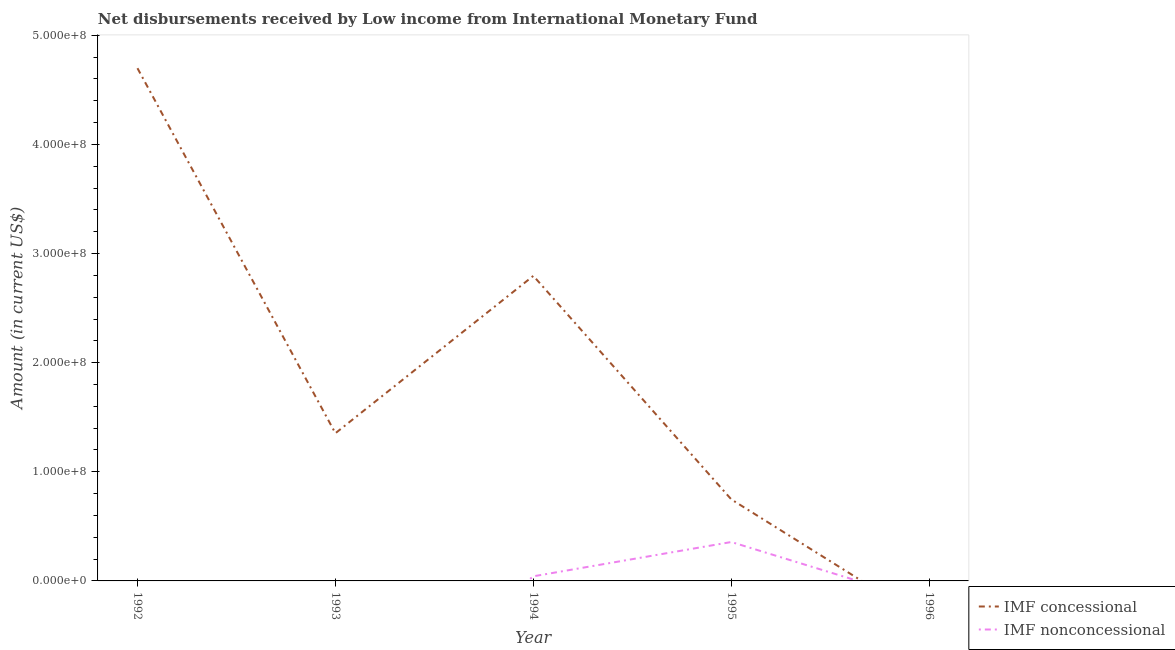
| Year | IMF concessional | IMF nonconcessional |
 | --- | --- | --- |
 | 1992 | 4.7e+08 | -1.26e+08 |
 | 1993 | 1.35e+08 | -1.41e+08 |
 | 1994 | 2.8e+08 | 4.24e+06 |
 | 1995 | 7.47e+07 | 3.56e+07 |
 | 1996 | -3.86e+07 | -2.01e+07 |